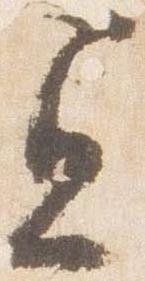
宜